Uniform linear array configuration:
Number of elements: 8
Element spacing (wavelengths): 0.5
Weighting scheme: cosine
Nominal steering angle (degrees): -45
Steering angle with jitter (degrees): -44.274
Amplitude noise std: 0.05
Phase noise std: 0.05

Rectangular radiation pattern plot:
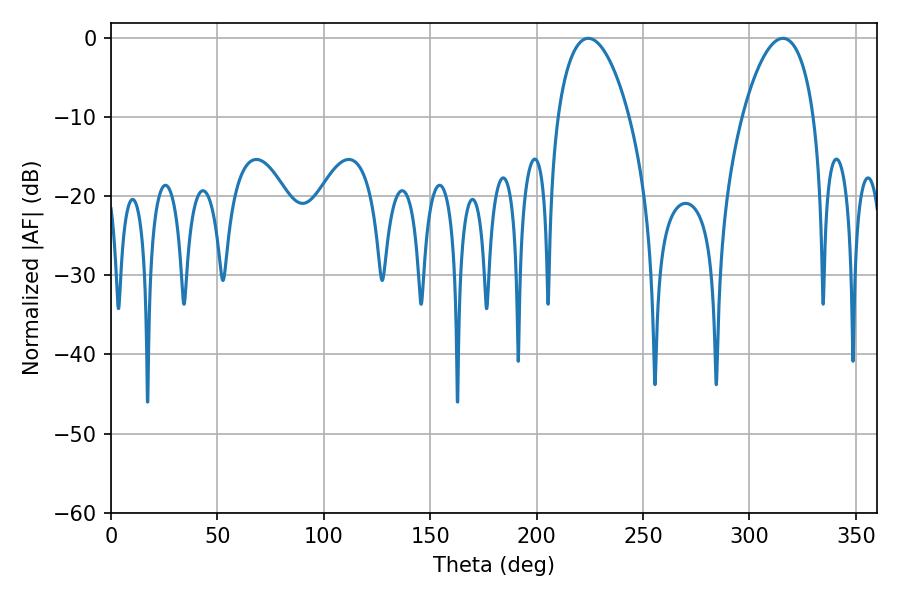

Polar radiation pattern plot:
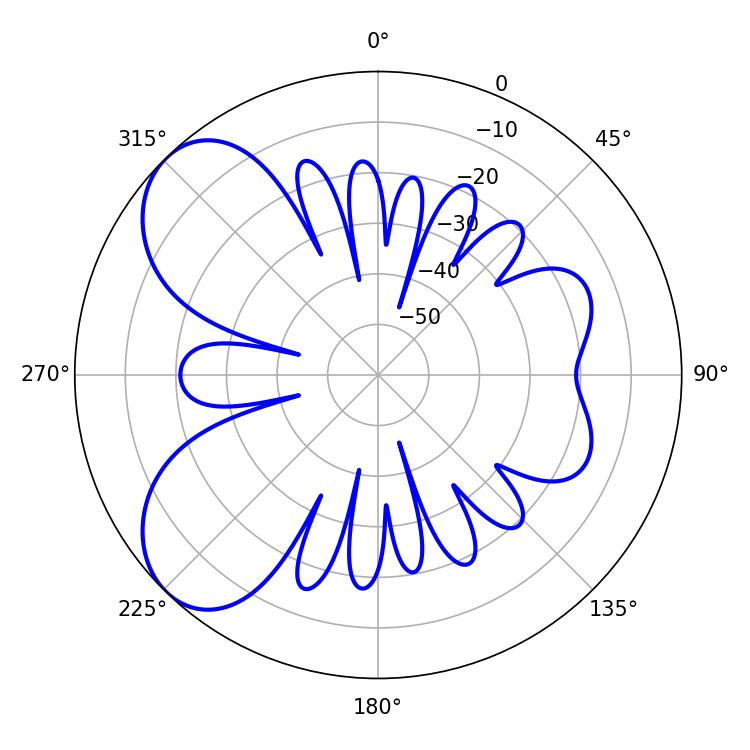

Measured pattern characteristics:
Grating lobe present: FALSE
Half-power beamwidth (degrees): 18.9
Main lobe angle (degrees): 224.28